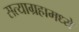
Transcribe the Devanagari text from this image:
सत्याग्रहामध्ये